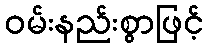
ဝမ်းနည်းစွာဖြင့်